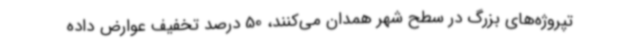
تپروژه‌های بزرگ در سطح شهر همدان می‌کنند، 50 درصد تخفیف عوارض داده